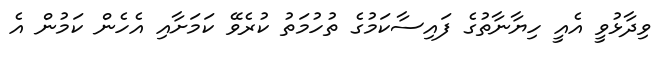
ވިދާޅުވީ އެއީ ހިޔާނާތުގެ ފައިސާކަމުގެ ތުހުމަތު ކުރެވޭ ކަމަށާއި އެހެން ކަމުން އެ